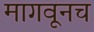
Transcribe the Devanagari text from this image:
मागवूनच